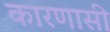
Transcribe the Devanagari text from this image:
कारणासी